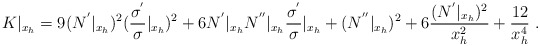
\begin{align*}K|_{x_h}=9 (N^{'}|_{x_h})^2 (\frac{\sigma^{'}}{\sigma}|_{x_h})^2+6N^{'}|_{x_h}N^{''}|_{x_h}\frac{\sigma^{'}}{\sigma}|_{x_h}+(N^{''}|_{x_h})^2+6\frac{(N^{'}|_{x_h})^2}{x_h^2}+\frac{12}{x_h^4} \ .\end{align*}